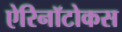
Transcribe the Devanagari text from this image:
ऐरिनॉटोकस